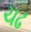
ચઢ